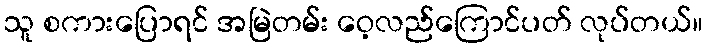
သူ စကားပြောရင် အမြဲတမ်း ဝေ့လည်ကြောင်ပတ် လုပ်တယ်။